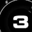
Digit: 3